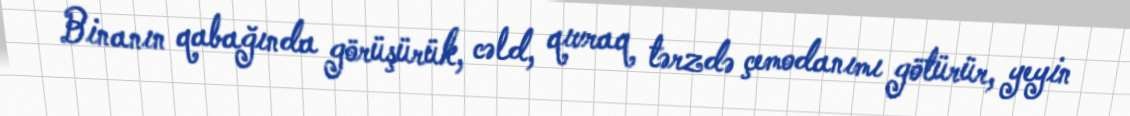
Binanın qabağında görüşürük, cəld, qıvraq tərzdə çemodanımı götürür, yeyin